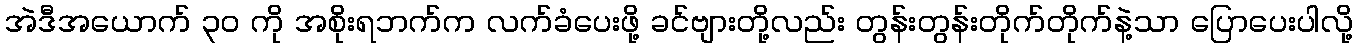
အဲဒီအယောက် ၃၀ ကို အစိုးရဘက်က လက်ခံပေးဖို့ ခင်ဗျားတို့လည်း တွန်းတွန်းတိုက်တိုက်နဲ့သာ ပြောပေးပါလို့